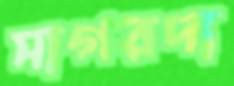
সাগরদা